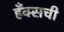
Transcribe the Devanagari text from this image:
हँक्सची